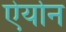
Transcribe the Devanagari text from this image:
ऐर्यान